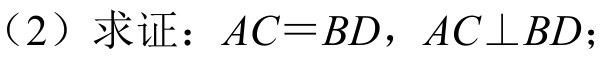
（2）求证：$AC = BD$，$AC\perp BD$；